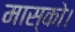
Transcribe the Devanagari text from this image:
मास्को।